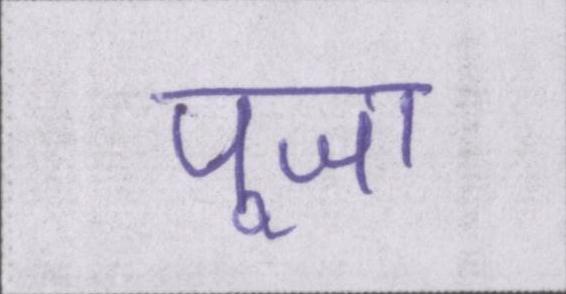
पूजा